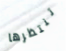
تنتظرها